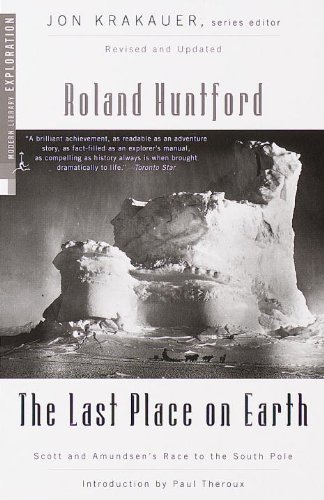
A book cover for The Last Place on Earth (Modern Library Exploration); Roland Huntford; History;